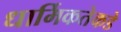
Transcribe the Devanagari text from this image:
धार्मिकतेकडे